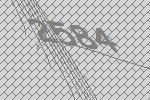
2584